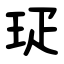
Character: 㺼